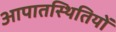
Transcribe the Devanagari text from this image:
आपातस्थितियों